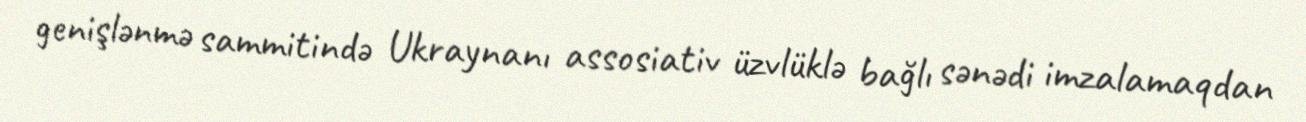
genişlənmə sammitində Ukraynanı assosiativ üzvlüklə bağlı sənədi imzalamaqdan